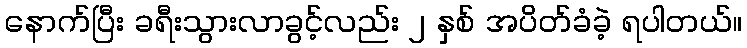
နောက်ပြီး ခရီးသွားလာခွင့်လည်း ၂ နှစ် အပိတ်ခံခဲ့ ရပါတယ်။